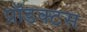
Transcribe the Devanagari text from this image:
प्रॉडक्टस